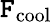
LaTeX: \mathtt{F}_{\mathrm{{cool}}}